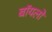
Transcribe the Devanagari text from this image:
बॉयलो